Document type: Sale
Year: 1430
Scribe: [Unknown]
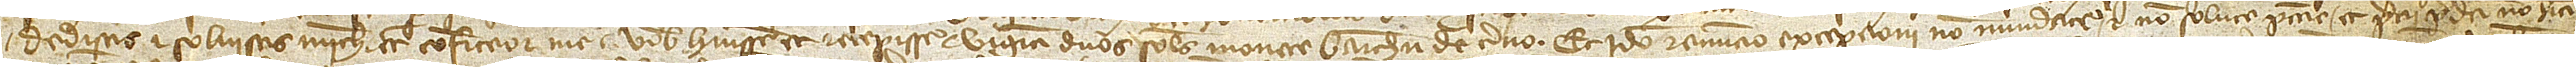
dedistis et solvistis michi et confiteor me a vobis habuisse et recepisse viginti duos solidos monete Barchinone de terno. Et ideo renuncio excepcioni non numerate et non solute peccunie et precii predicti non habiti